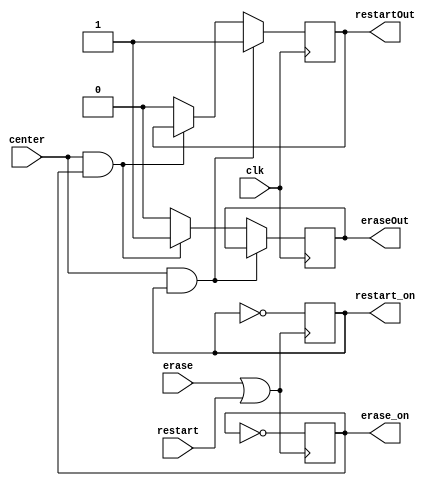
`timescale 1ns / 1ps
//////////////////////////////////////////////////////////////////////////////////
// Company: 
// Engineer: 
// 
// Design Name: 
// Module Name:    Erase_Restart 
// Project Name: 
// Target Devices: 
// Tool versions: 
// Description: 
//
// Dependencies: 
//
// Revision: 
// Revision 0.01 - File Created
// Additional Comments: 
//
//////////////////////////////////////////////////////////////////////////////////
module Erase_Restart(
	 input clk,
    input erase,
    input restart,
    input center,
	 output reg eraseOut = 0,
	 output reg  restartOut= 0,
	 output reg erase_on = 0,
	 output reg  restart_on= 1	 
    );
	 
	 wire pressed = (erase | restart);
	 
	// reg restartOut = 0;;
	 //reg eraseOut = 0;
	 //reg restart_on = 1;
	 //reg erase_on = 0;
	 
	 always@(posedge clk)
		if (center && restart_on)
			 restartOut = 1;
		else if (center && erase_on)
			 eraseOut = 1;
		else 
			begin
				eraseOut = 0;
				restartOut = 0;
			end

	always@(posedge pressed)
		begin
			erase_on = ~ erase_on;
			restart_on = ~restart_on;
		end
			
endmodule